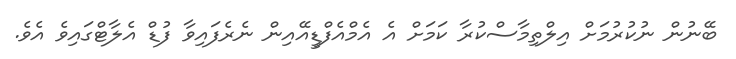
ބޭނުން ނުކުރުމަށް އިލްތިމާސްކުރާ ކަމަށް އެ އެމްއެފްޑީއޭއިން ނެރެފައިވާ ފުޑް އެލާޓްގައިވެ އެވެ.